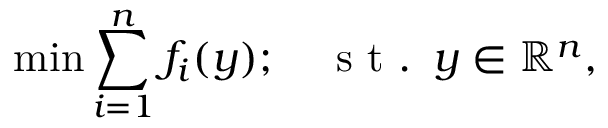
\operatorname* { m i n } \sum _ { i = 1 } ^ { n } f _ { i } ( y ) ; \quad \mathrm { ~ s ~ t ~ . ~ } \, y \in \mathbb { R } ^ { n } ,